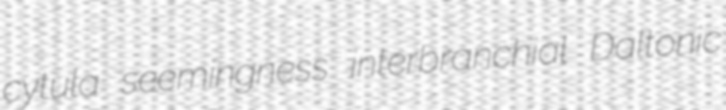
cytula seemingness interbranchial Daltonic